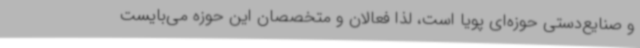
و صنایع‌دستی حوزه‌ای پویا است، لذا فعالان و متخصصان این حوزه می‌بایست